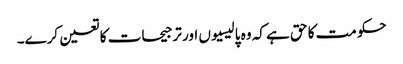
حکومت کا حق ہے کہ وہ پالیسیوں اور ترجیحات کا تعین کرے۔